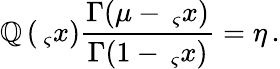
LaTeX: \mathbb{Q}\left(\, _{\varsigma}x\right)\frac{{\Gamma(\mu-\, _{\varsigma}x)}}{{\Gamma(1-\, _{\varsigma}x)}}=\eta\, .